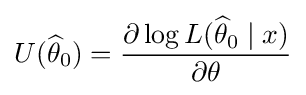
U({\widehat {\theta }}_{0})={\frac {\partial \log L({\widehat {\theta }}_{0}\mid x)}{\partial \theta }}